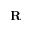
\mathbf { R }